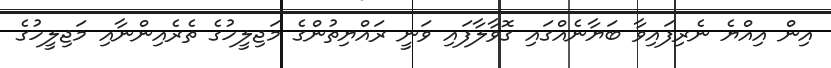
އިން އިއްޔެ ނެރިފައިވާ ބަޔާނެއްގައި ގޮވާލާފައި ވަނީ ރައްޔިތުންގެ މަޖިލީހުގެ ތެރެއިންނާއި މަޖިލީހުގެ